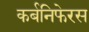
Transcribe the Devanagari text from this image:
कर्बनिफेरस